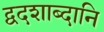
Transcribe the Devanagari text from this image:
द्वदशाब्दानि